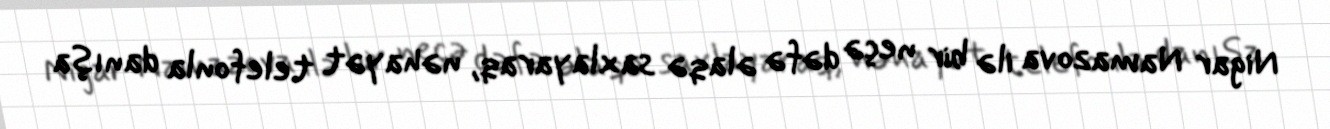
Nigar Namazova ilə bir neçə dəfə əlaqə saxlayaraq, nəhayət telefonla danışa